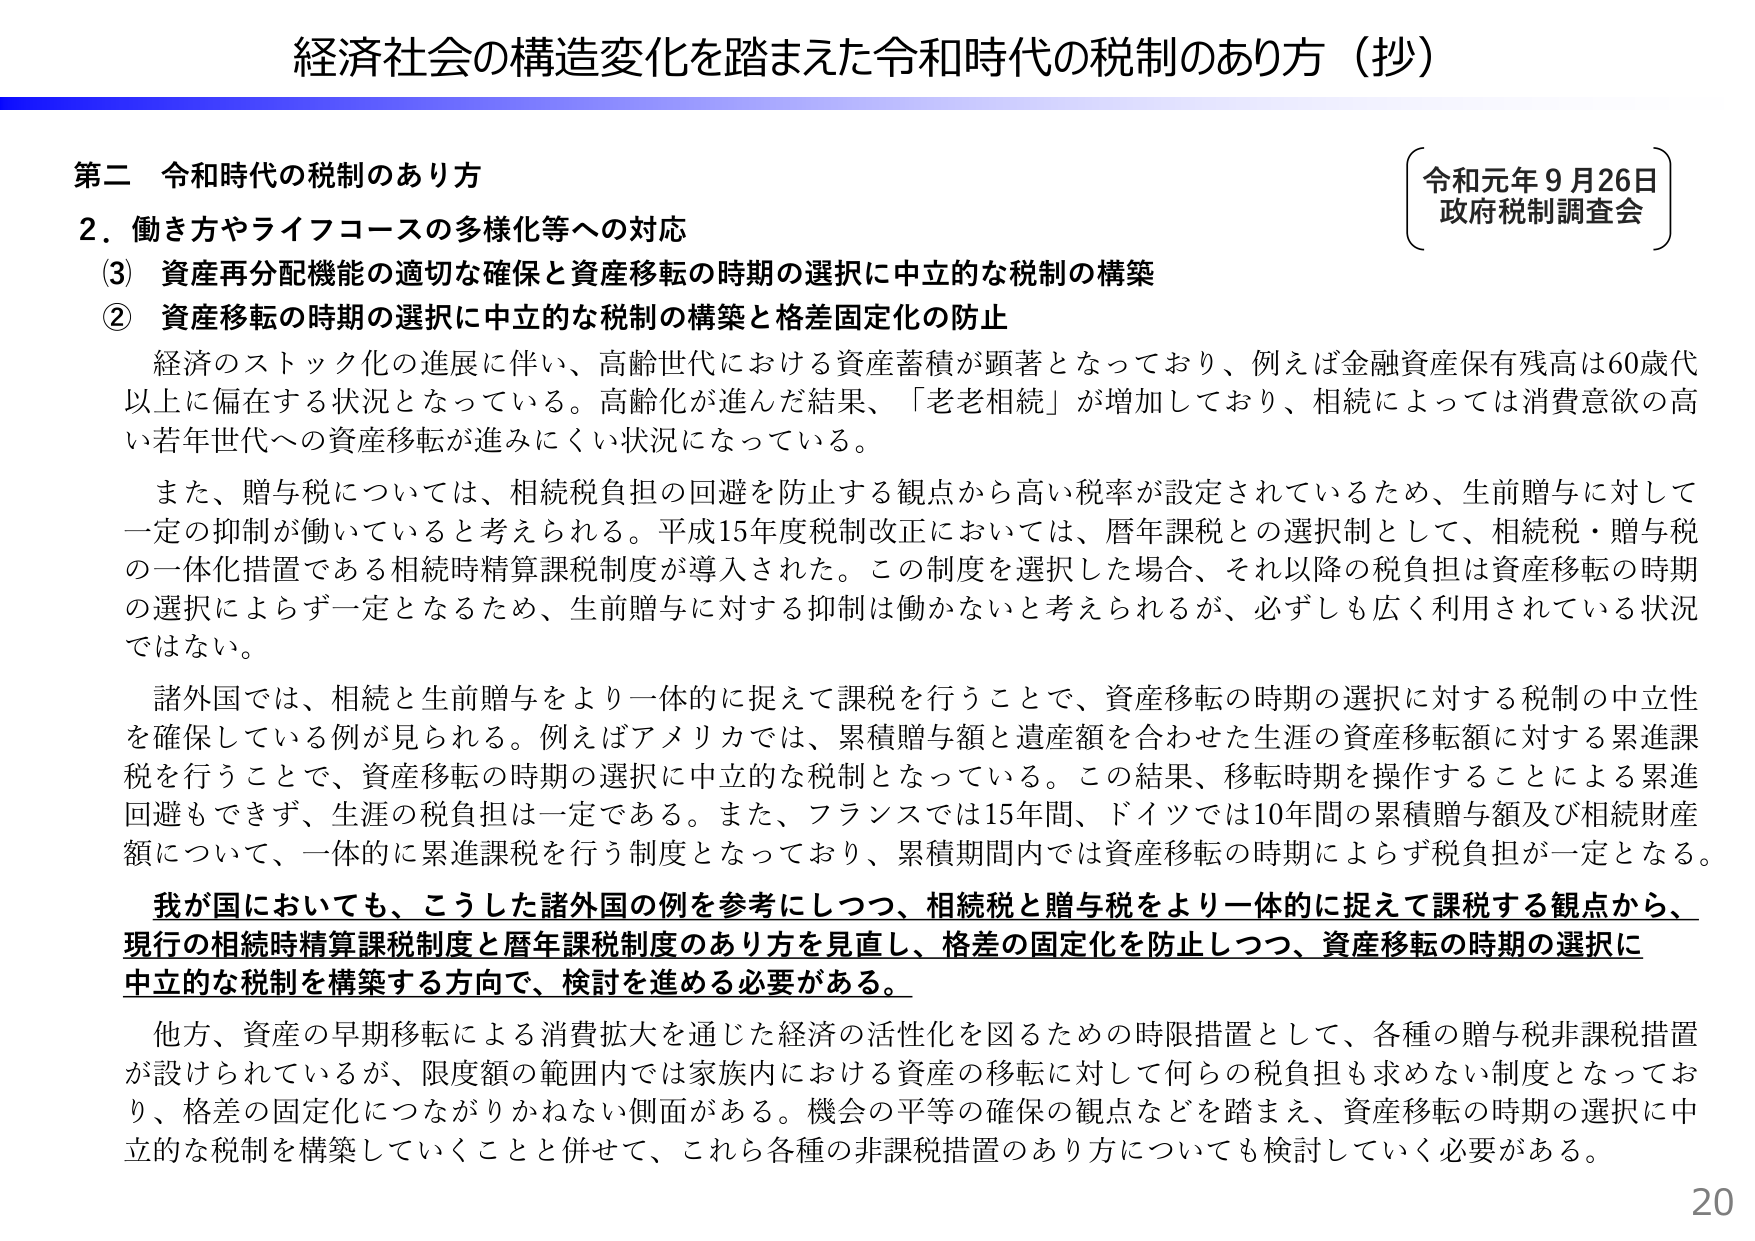
経済社会の構造変化を踏まえた令和時代の税制のあり方（抄）

第二 令和時代の税制のあり方

2．働き方やライフコースの多様化等への対応

（3）資産再分配機能の適切な確保と資産移転の時期の選択に中立的な税制の構築

② 資産移転の時期の選択に中立的な税制の構築と格差固定化の防止

経済のストック化の進展に伴い、高齢世代における資産蓄積が顕著となっており、例えば金融資産保有残高は60歳代以上に偏在する状況となっている。高齢化が進んだ結果、「老老相続」が増加しており、相続によっては消費意欲の高い若年世代への資産移転が進みにくい状況になっている。

また、贈与税については、相続税負担の回避を防止する観点から高い税率が設定されているため、生前贈与に対して一定の抑制が働いていると考えられる。平成15年度税制改正においては、暦年課税との選択制として、相続税・贈与税の一体化措置である相続時精算課税制度が導入された。この制度を選択した場合、それ以降の税負担は資産移転の時期の選択によらず一定となるため、生前贈与に対する抑制は働かないと考えられるが、必ずしも広く利用されている状況ではない。

諸外国では、相続と生前贈与をより一体的に捉えて課税を行うことで、資産移転の時期の選択に対する税制の中立性を確保している例が見られる。例えばアメリカでは、累積贈与額と遺産額を合わせた生涯の資産移転額に対する累進課税を行うことで、資産移転の時期の選択に中立的な税制となっている。この結果、移転時期を操作することによる累進回避もできず、生涯の税負担は一定である。また、フランスでは15年間、ドイツでは10年間の累積贈与額及び相続財産額について、一体的に累進課税を行う制度となっており、累積期間内では資産移転の時期によらず税負担が一定となる。

我が国においても、こうした諸外国の例を参考にしつつ、相続税と贈与税をより一体的に捉えて課税する観点から、現行の相続時精算課税制度と暦年課税制度のあり方を見直し、格差の固定化を防止しつつ、資産移転の時期の選択に中立的な税制を構築する方向で、検討を進める必要がある。

他方、資産の早期移転による消費拡大を通じた経済の活性化を図るための時限措置として、各種の贈与税非課税措置が設けられているが、限度額の範囲内では家族内における資産の移転に対して何らの税負担も求めない制度となっており、格差の固定化につながりかねない側面がある。機会の平等の確保の観点などを踏まえ、資産移転の時期の選択に中立的な税制を構築していくことと併せて、これら各種の非課税措置のあり方についても検討していく必要がある。

令和元年9月26日
政府税制調査会

20